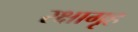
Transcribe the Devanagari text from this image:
रक्षागृह